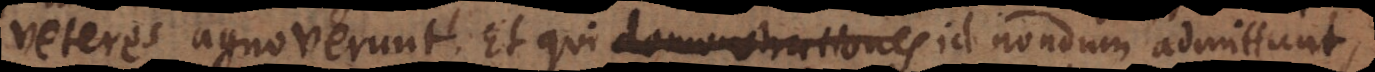
Veteres agnoverunt. Et qui demonstrationes id nondum admittunt,